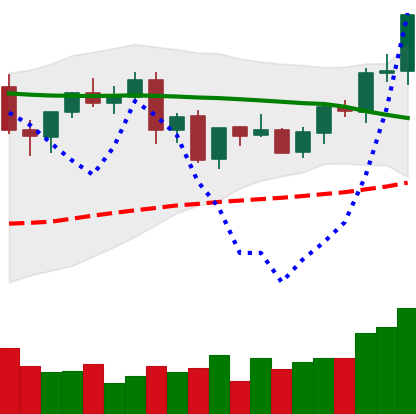
Ticker: EOS-USD
Chart end date: 2021-09-05
Forward return: -27.343%
Label: down_7plus